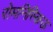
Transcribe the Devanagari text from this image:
रोमनिस्किऊ